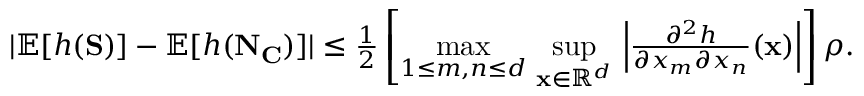
\begin{array} { r } { | \mathbb { E } [ h ( \mathbf { S } ) ] - \mathbb { E } [ h ( \mathbf { N } _ { \mathbf { C } } ) ] | \leq \frac { 1 } { 2 } \left[ \underset { 1 \leq m , n \leq d } { \operatorname* { m a x } } \ \underset { \mathbf { x } \in \mathbb { R } ^ { d } } { \operatorname* { s u p } } \ \Big | \frac { \partial ^ { 2 } h } { \partial x _ { m } \partial x _ { n } } ( \mathbf { x } ) \Big | \right] \rho . } \end{array}